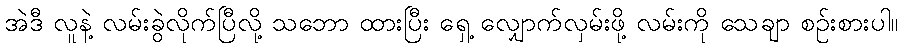
အဲဒီ လူနဲ့ လမ်းခွဲလိုက်ပြီလို့ သဘော ထားပြီး ရှေ့ လျှောက်လှမ်းဖို့ လမ်းကို သေချာ စဉ်းစားပါ။